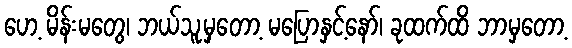
ဟေ့ မိန်းမတွေ၊ ဘယ်သူ့မှတော့ မပြောနှင့်နော်၊ ခုထက်ထိ ဘာမှတော့